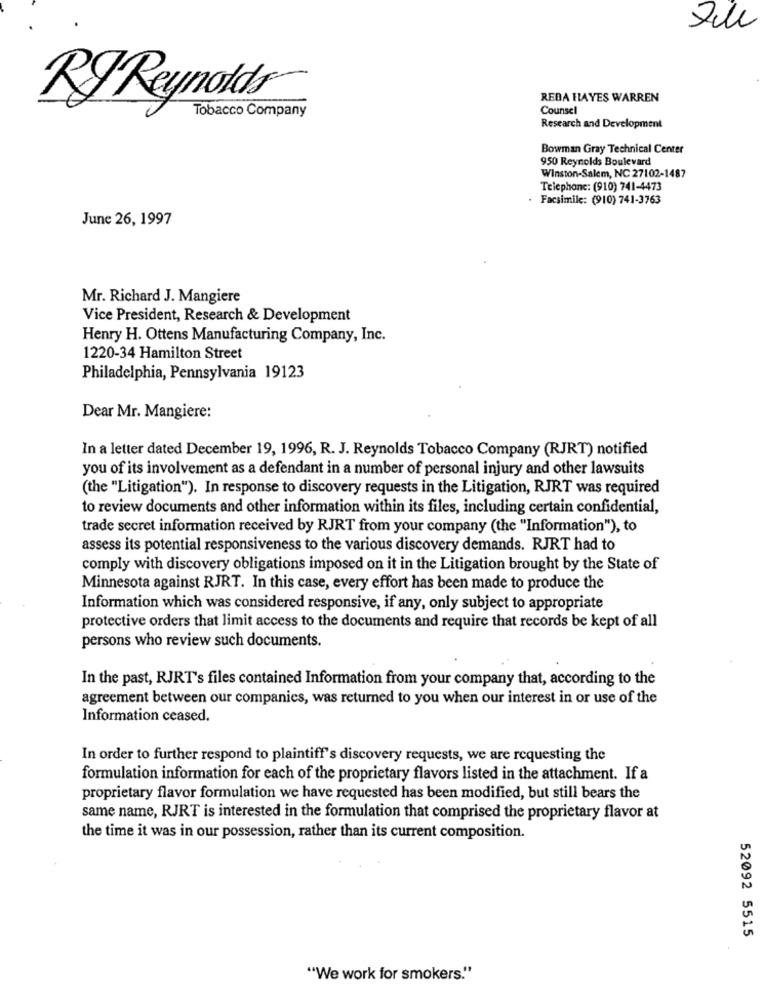
REDA HAYES WARREN
RJ Reynolds
Tobacco Company
Counsel
Research and Development
Bowman Gray Technical Center
950 Reynolds Boulevard
Winston-Salem, NC 27102-1487
Telephone: (910) 741-4473
Facsimile: (910) 741-3763
June 26, 1997
Mr. Richard J. Mangiere
Vice President, Research & Development
Henry H. Ottens Manufacturing Company, Inc.
1220-34 Hamilton Street
Philadelphia, Pennsylvania 19123
Dear Mr. Mangiere:
In a letter dated December 19, 1996, R. J. Reynolds Tobacco Company (RJRT) notified
you of its involvement as a defendant in a number of personal injury and other lawsuits
(the "Litigation"). In response to discovery requests in the Litigation, RJRT was required
to review documents and other information within its files, including certain confidential,
trade secret information received by RJRT from your company (the "Information"), to
assess its potential responsiveness to the various discovery demands. RJRT had to
comply with discovery obligations imposed on it in the Litigation brought by the State of
Minnesota against RJRT. In this case, every effort has been made to produce the
Information which was considered responsive, if any, only subject to appropriate
protective orders that limit access to the documents and require that records be kept of all
persons who review such documents.
In the past, RJRT's files contained Information from your company that, according to the
agreement between our companies, was returned to you when our interest in or use of the
Information ceased.
In order to further respond to plaintiff's discovery requests, we are requesting the
formulation information for each of the proprietary flavors listed in the attachment. If a
proprietary flavor formulation we have requested has been modified, but still bears the
same name, RJRT is interested in the formulation that comprised the proprietary flavor at
the time it was in our possession, rather than its current composition.
52092 5515
"We work for smokers."